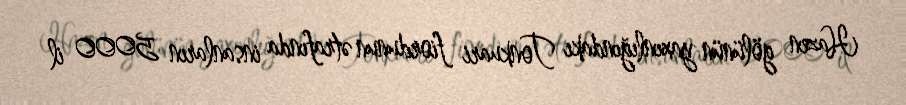
Hazen gölünün yaxınlığındakı Tonkuari fiordunun ətrafında insanların 5000 il